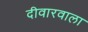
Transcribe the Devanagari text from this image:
दीवारवाला